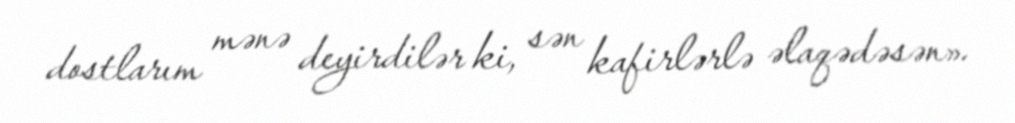
dostlarım mənə deyirdilər ki, sən kafirlərlə əlaqədəsən».